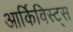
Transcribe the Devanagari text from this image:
आर्किविस्ट्स